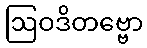
ဩဝဒိတဗ္ဗော